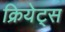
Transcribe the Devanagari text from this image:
क्रियेट्स